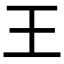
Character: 王